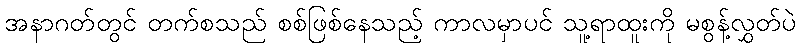
အနာဂတ်တွင် တက်စသည် စစ်ဖြစ်နေသည့် ကာလမှာပင် သူ့ရာထူးကို မစွန့်လွှတ်ပဲ